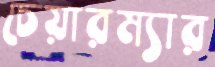
চেয়ারম্যার